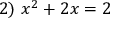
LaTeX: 2 ) \ x ^ { 2 } + 2 x = 2